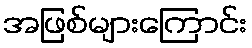
အဖြစ်များကြောင်း